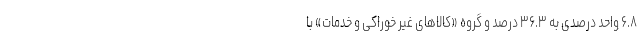
۶.۸ واحد درصدی به ۳۶.۳ درصد و گروه «کالاهای غیر خوراکی و خدمات» با